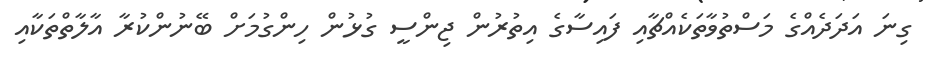
ގިނަ އަދަދެއްގެ މަސްތުވާތަކެއްޗާއި ފައިސާގެ އިތުރުން ޖިންސީ ގުޅުން ހިންގުމަށް ބޭނުންކުރާ އާލާތްތަކާއި